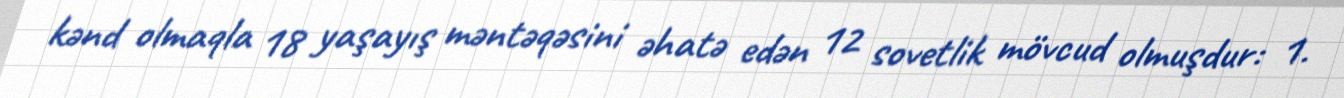
kənd olmaqla 18 yaşayış məntəqəsini əhatə edən 12 sovetlik mövcud olmuşdur: 1.